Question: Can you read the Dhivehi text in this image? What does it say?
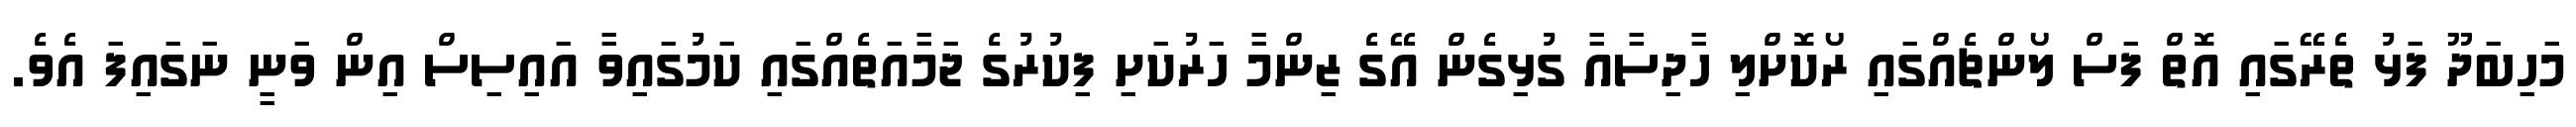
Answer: މަހިބަދޫ ފަޅު ތެރޭގައި އޮތް ފަސް ލޯންޗެއްގައި ރޯކޮށްލި ހާދިސާއާ ގުޅިގެން އޭގެ ޒިންމާ ހަރުކަށި ފިކުރުގެ ޖަމާއަތެއްގައި ކަމުގައިވާ އައިސިސް އިން ވަނީ ނަގައިފަ އެވެ.